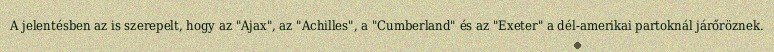
A jelentésben az is szerepelt, hogy az "Ajax", az "Achilles", a "Cumberland" és az "Exeter" a dél-amerikai partoknál járőröznek.